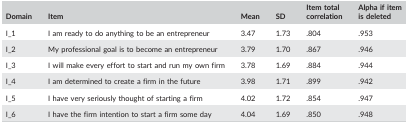
<table><thead><tr><td><b>Domain</b></td><td><b>Item</b></td><td><b>Mean</b></td><td><b>SD</b></td><td><b>Item total correlation</b></td><td><b>Alpha if item is deleted</b></td></tr></thead><tbody><tr><td>I_1</td><td>I am ready to do anything to be an entrepreneur</td><td>3.47</td><td>1.73</td><td>.804</td><td>.953</td></tr><tr><td>I_2</td><td>My professional goal is to become an entrepreneur</td><td>3.79</td><td>1.70</td><td>.867</td><td>.946</td></tr><tr><td>I_3</td><td>I will make every effort to start and run my own firm</td><td>3.78</td><td>1.69</td><td>.884</td><td>.944</td></tr><tr><td>I_4</td><td>I am determined to create a firm in the future</td><td>3.98</td><td>1.71</td><td>.899</td><td>.942</td></tr><tr><td>I_5</td><td>I have very seriously thought of starting a firm</td><td>4.02</td><td>1.72</td><td>.854</td><td>.947</td></tr><tr><td>I_6</td><td>I have the firm intention to start a firm some day</td><td>4.04</td><td>1.69</td><td>.850</td><td>.948</td></tr></tbody></table>